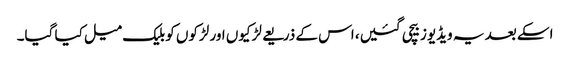
اسکے بعد یہ ویڈیوز بیچی گئیں، اس کے ذریعے لڑکیوں اور لڑکوں کو بلیک میل کیا گیا۔